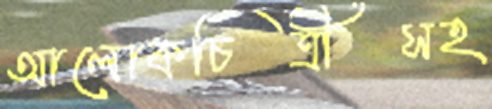
আলোকচিত্রীসহ